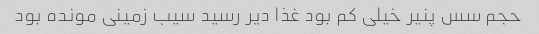
حجم سس پنیر خیلی کم بود غذا دیر رسید سیب زمینی مونده بود